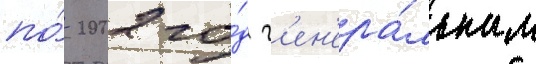
по́ 2002 го́д г'ен'ера́льным